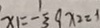
x _ { 1 } = - \frac { 1 } { 3 } 9 x _ { 2 } = 1